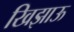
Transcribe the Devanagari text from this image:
खिझाऊ